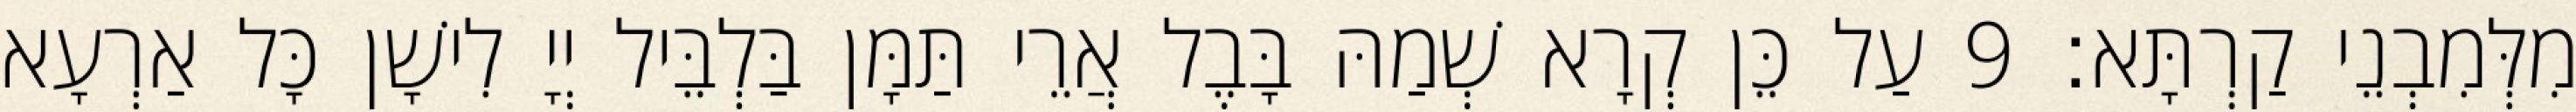
מִלְּמִבְנֵי קַרְתָּא׃ 9 עַל כֵּן קְרָא שְׁמַהּ בָּבֶל אֲרֵי תַּמָּן בַּלְבֵּיל יְיָ לִישָׁן כָּל אַרְעָא